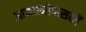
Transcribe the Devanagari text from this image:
आनात्मोपासकों